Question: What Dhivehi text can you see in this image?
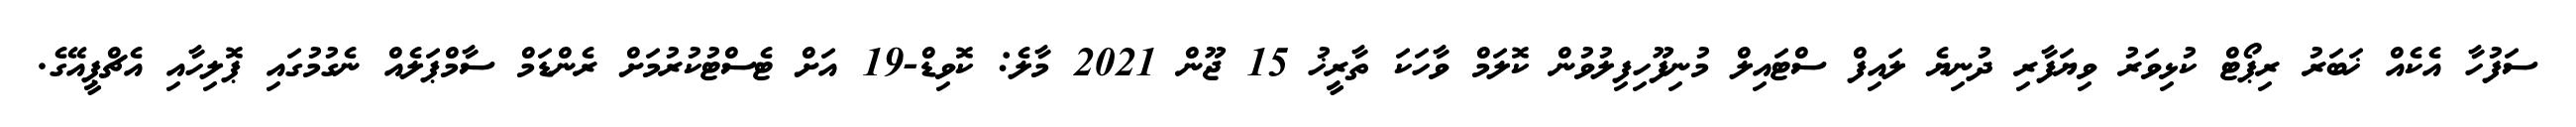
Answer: ސަފުހާ އެކެއް ޚަބަރު ރިޕޯޓް ކުޅިވަރު ވިޔަފާރި ދުނިޔެ ލައިފް ސްޓައިލް މުނިފޫހިފިލުވުން ކޮލަމް ވާހަކަ ތާރީޚު 15 ޖޫން 2021 މާލެ: ކޮވިޑް-19 އަށް ޓެސްޓުކުރުމަށް ރެންޑަމް ސާމްޕަލެއް ނެގުމުގައި ޕޮލިހާއި އެޗްޕީއޭގެ.